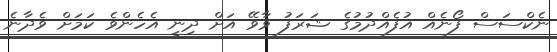
ނެކްސަސް ފޯނެއް އުފެއްދުމުގެ ޝަރަފު ވާވޭ އަށް ދިނީ އެހެންވެ ކަމަށް ވެދާނެ